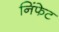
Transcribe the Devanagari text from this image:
निंफेट